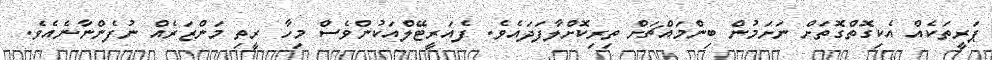
ޕަރީތަކެއް އެކިގޮތްގޮތަށް ނަށަމުން ބިންމައްޗަށް ތިރިކޮށްލާފަދައެވެ. ފެއަރީޓޭލްއަކުންވެސް މިހާ ރީތި މަންޒަރެއް ނުފެންނާނެއެވެ.